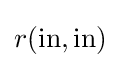
r({\text{in}},{\text{in}})